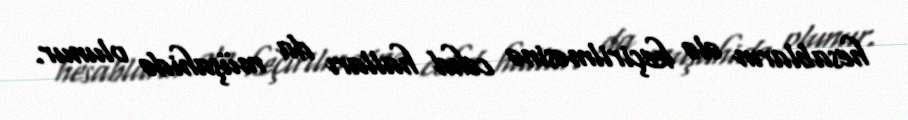
hesabların ələ keçirilməsinə cəhd halları da müşahidə olunur.